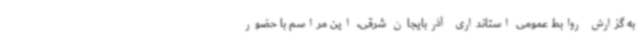
به گزارش روابط عمومی استانداری آذربایجان شرقی، این مراسم با حضور